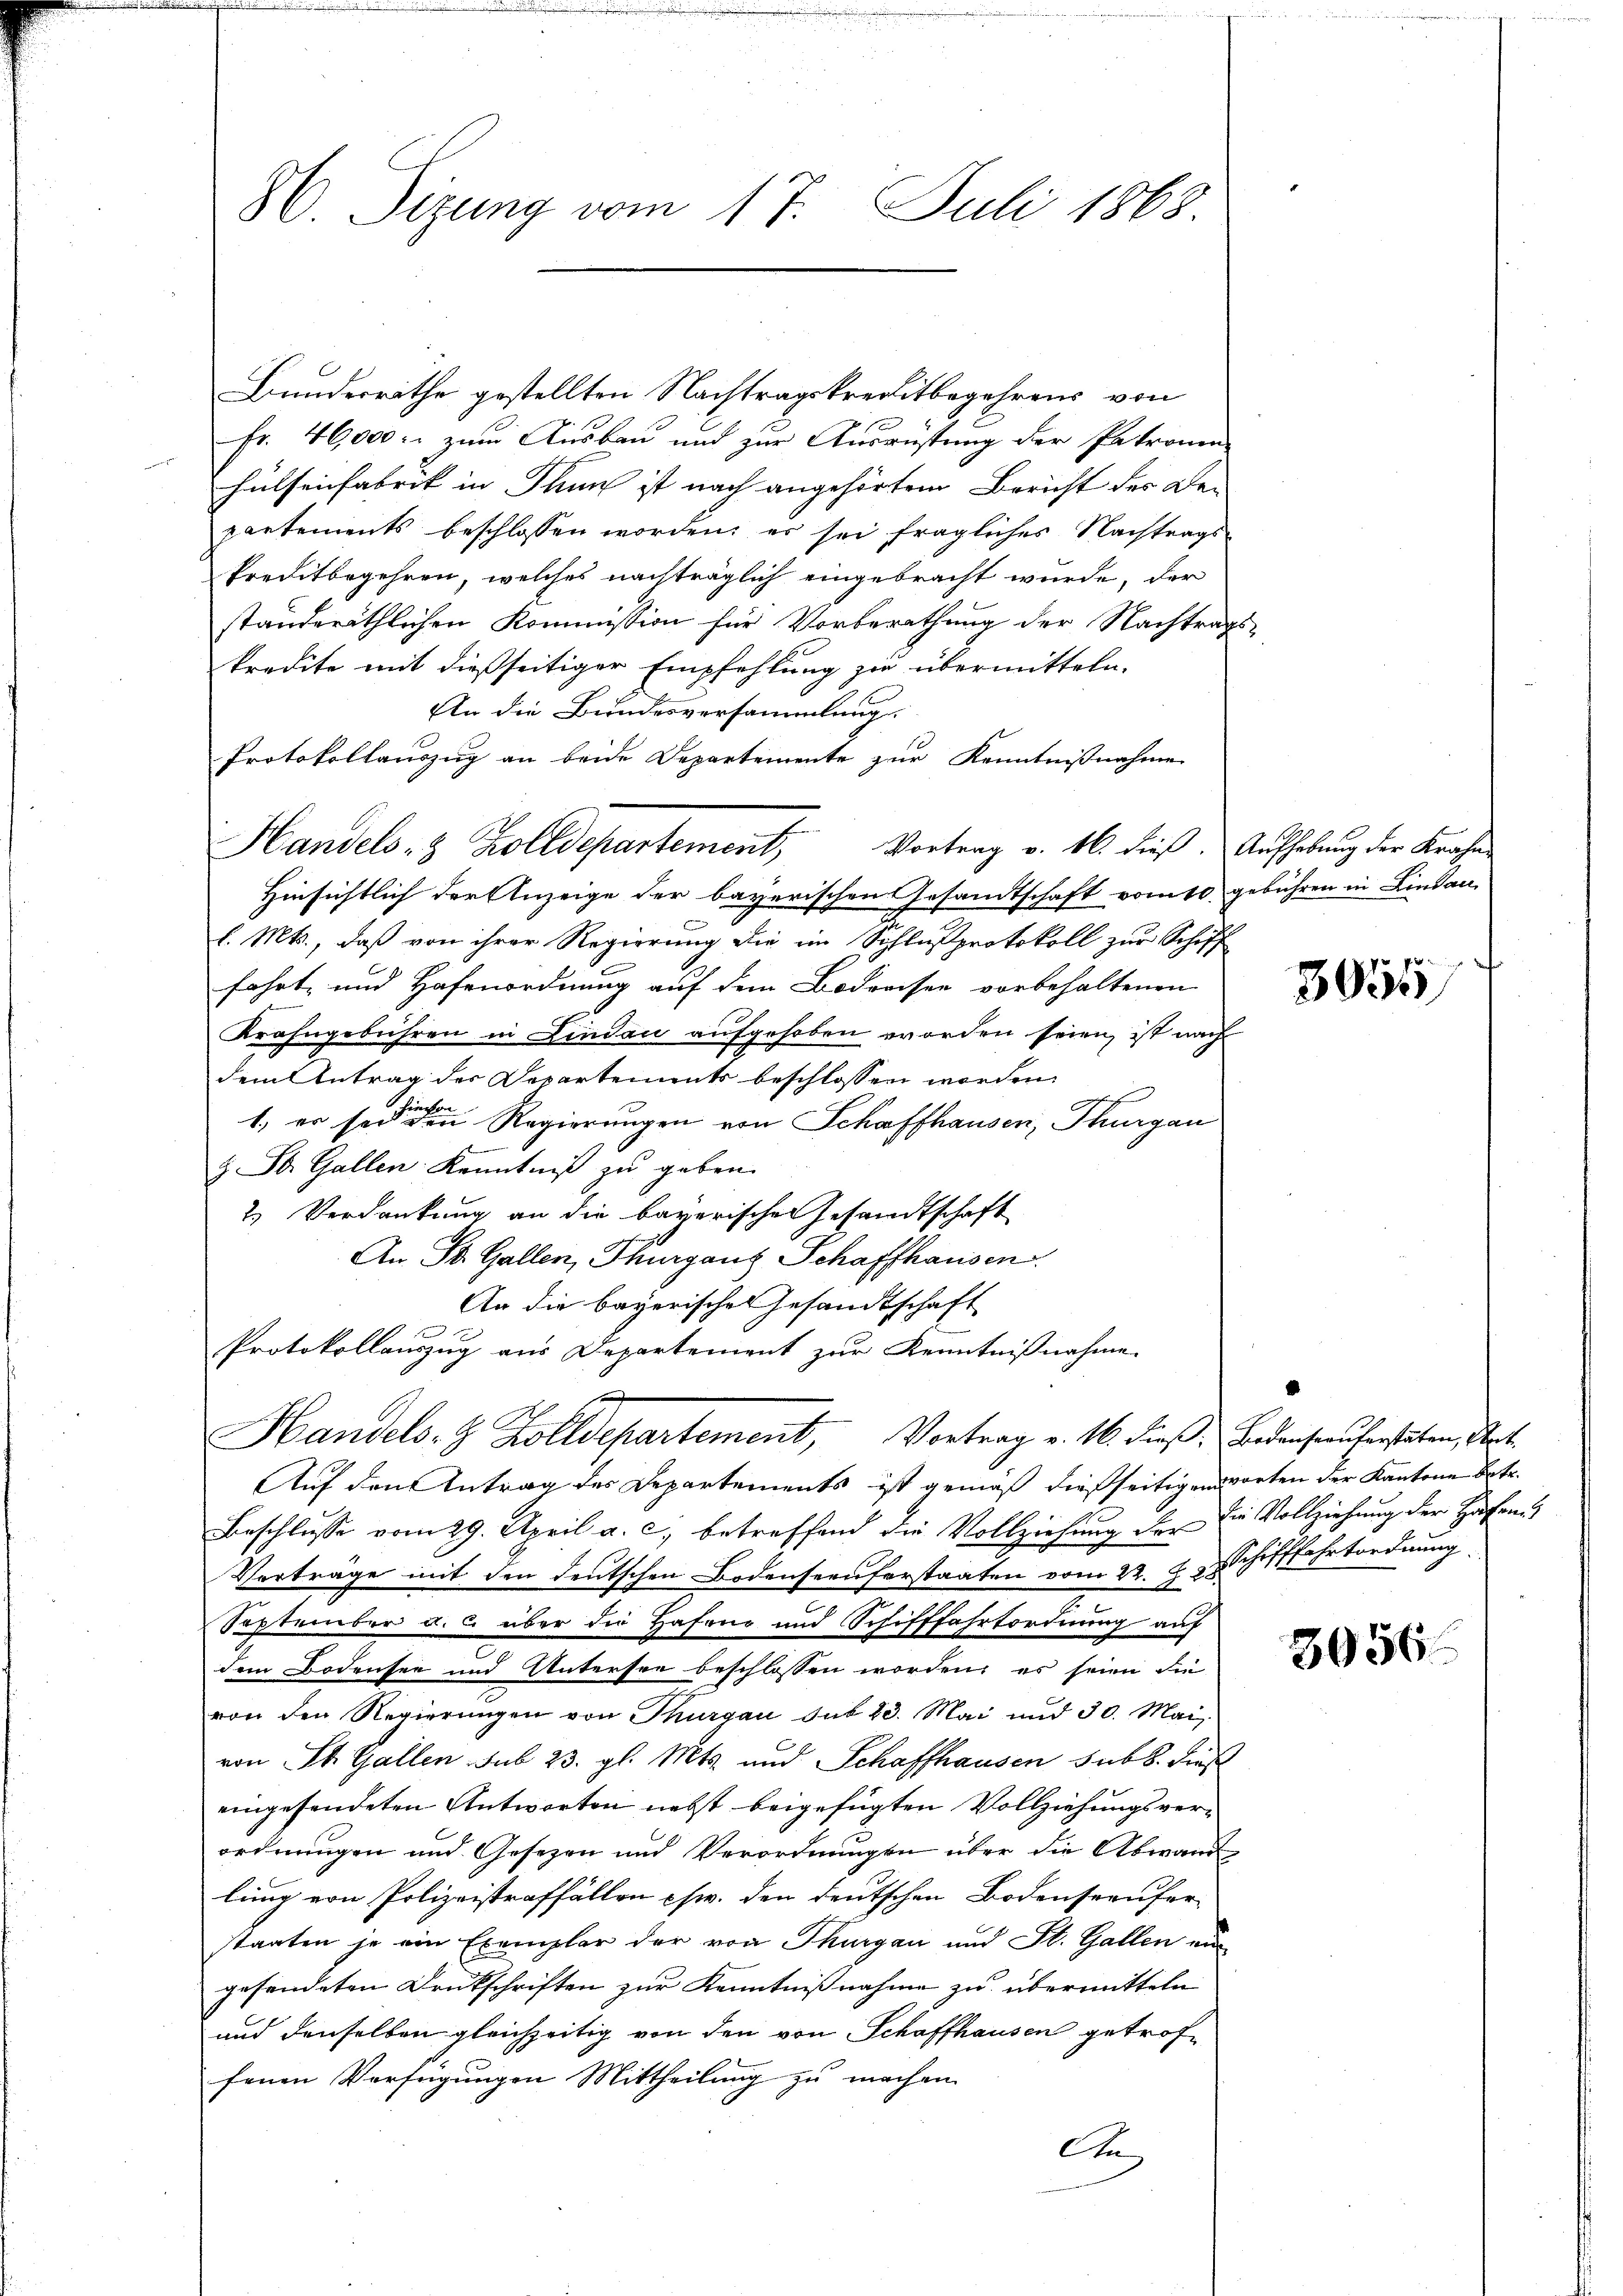
Bundesräthe gestellten Nachtragskreditbegehrens von
Fr. 46000. zum Ausbau und zur Ausrüstung der Patronen-
Hülsenfabrik in Thun ist nach angehörtem Bericht der Be-
partements beschlossen worden; es sei fragliches Nachtrags-
kreditbegehren, welches nachträglich eingebracht wurde, der
ständeräthlichen Kommission für Vorberathung der Nachtrags
kredite mit dießseitiger Empfehlung zu übermitteln.
An die Bundesversammlung.
Protokollauszug an beide Departemente zur Kenntnißnahme
Hinsichtlich der Anzeige der bayerischen Gesandtschaft vom 10 gebühren in Lindau-
l. Mts., daß von ihrer Regierung die im Schlußprotokoll zur Schiff
fahrt, und Hafenordnung auf dem Bodreisen vorbehaltenen
Krahngebühren in Lindau aufgehoben worden seien, ist nach
dem Antrag der Departements beschlossen worden.
4 x
inisten |
1. er sei den Regierungen von Schaffhausen, Thurgau
z. St. Gallen Kenntniß zu geben.
2) Verdankung an die bayerischen Gesandtschaft
An St. Gallen, Thurganz Schaffhausen.
An die bayerisches Gesandtschaft
Protokollauszug aus Departement zur Kenntnißnahme
Handels- & Zolldepartement, Vortrag v. 16. dieß. Bedensauferstaten, Art.
Auf den Antrag des Departements ist gemäß dießseitigen worten der Kantone betr.
Beschlusse vom 29. April a. c. betreffend die Vollziehung der die Vollziehung der Hafen
Verträge mit den deutschen Bodenseeuferstaaten vom 22. 83 Schifffahrtordnung
September a. u. über die Hafen und Schifffahrtordnung auf
dem Bodensee und Untersee beschlossen worden, es seien die
von den Regierŭngen von Thurgau sub 23. Mai und 30. Mai
von St. Gallen sub 23. gl. Mts. und Schaffhausen sub 8. dieß
eingesendeten Antworten nebst beigefügten Vollziehungsver-
ordnungen und Gesezen und Verordnungen über die Abwand
lung von Polizeistraffällen chw. den deutschen Bodenseeufer-
staaten je ein Exemplar der von Thurgau und St. Gallen ein
gefundeten Druckschriften zur Kenntnißnahme zu übermitteln
und denselben gleichzeitig von den von Schaffhausen getroffenen Verfügungen Mittheilung zu machen.
An

86. Sizung vom 17. Juli 1868.

Handels- & Zolldepartement, Vortrag v. M. dieβ. Aŭfhebŭng der Krahen

d
3955

3056.